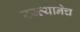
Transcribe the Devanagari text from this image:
रस्त्यानेच